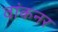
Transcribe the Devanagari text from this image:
वांकनर